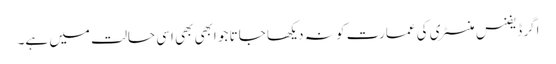
اگر ڈیفنس منسٹری کی عمارت کو نہ دیکھا جاتا جو ابھی بھی اسی حالت میں ہے۔